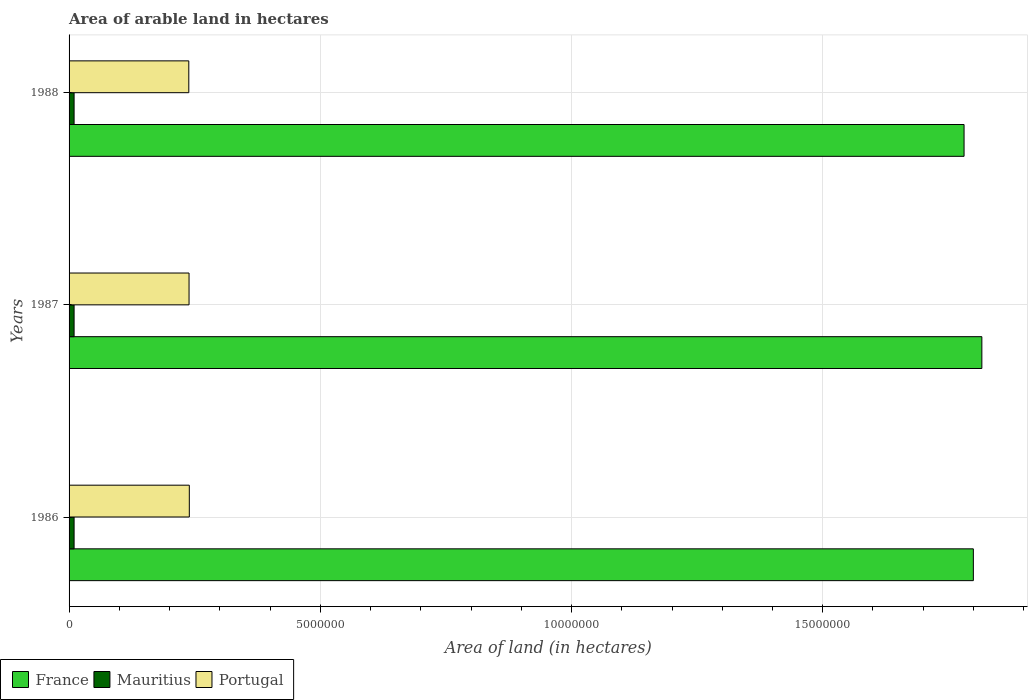
| Years | France | Mauritius | Portugal |
 | --- | --- | --- | --- |
 | 1986 | 1.8e+07 | 1e+05 | 2.39e+06 |
 | 1987 | 1.82e+07 | 1e+05 | 2.39e+06 |
 | 1988 | 1.78e+07 | 1e+05 | 2.38e+06 |